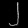
Digit: ၂